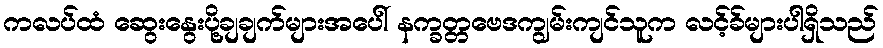
ကလပ်ထံ ဆွေးနွေးပို့ချချက်များအပေါ် နက္ခတ္တဗေဒကျွမ်းကျင်သူက လင့်ခ်များပါရှိသည်